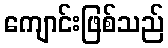
ကျောင်းဖြစ်သည်